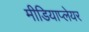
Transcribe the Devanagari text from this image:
मीडियाप्लेयर